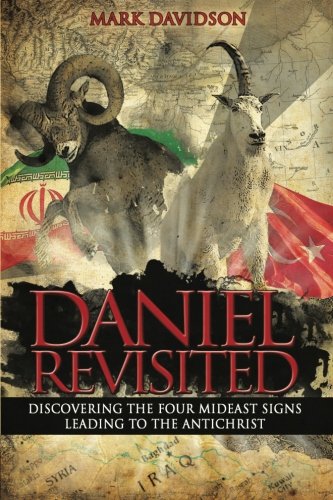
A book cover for Daniel Revisited: Discovering the Four Mideast Signs Leading to the Antichrist; Mark Davidson; Christian Books & Bibles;